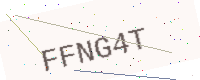
Text: FFNG4T